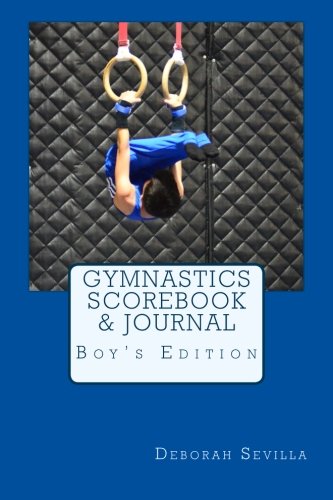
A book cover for Gymnastics Scorebook & Journal: Boy's Edition (Dream Believe Achieve Athletics); Deborah Sevilla; Sports & Outdoors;